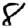
Digit: 8